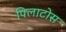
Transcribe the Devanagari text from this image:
पिलाटोस